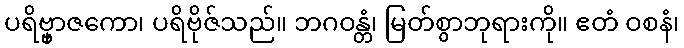
ပရိဗ္ဗှာဇကော၊ ပရိဗိုဇ်သည်။ ဘဂဝန္တံ၊ မြတ်စွာဘုရားကို။ ဧတံ ဝစနံ၊